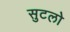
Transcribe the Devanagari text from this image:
सुटलो